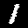
Digit: 1